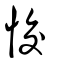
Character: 恔